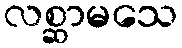
လစ္ဆာမသေ